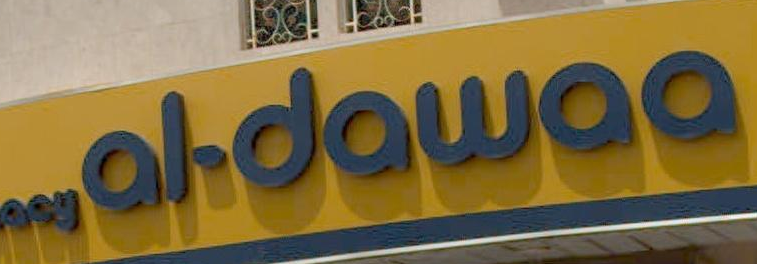
Maldawee